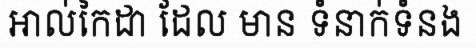
អាល់កៃដា ដែល មាន ទំនាក់ទំនង